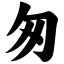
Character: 匆